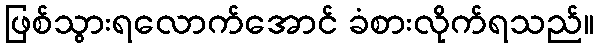
ဖြစ်သွားရလောက်အောင် ခံစားလိုက်ရသည်။